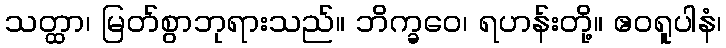
သတ္ထာ၊ မြတ်စွာဘုရားသည်။ ဘိက္ခဝေ၊ ရဟန်းတို့။ ဧဝရူပါနံ၊